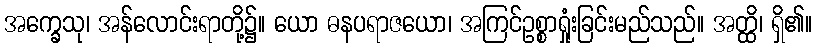
အက္ခေသု၊ အန်လောင်းရာတို့၌။ ယော ဓနပရာဇယော၊ အကြင်ဥစ္စာရှုံးခြင်းမည်သည်။ အတ္ထိ၊ ရှိ၏။